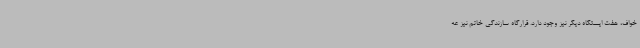
خواف، هفت ایستگاه دیگر نیز وجود دارد. قرارگاه سازندگی خاتم نیز عه